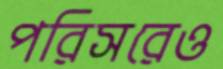
পরিসরেও